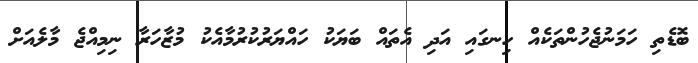
ބޮޑެތި ހަމަނުޖެހުންތަކެއް ހިނގައި އަދި އެތައް ބަޔަކު ހައްޔަރުކުރުމާއެކު މުޒާހަރާ ނިމިއްޖެ މާލެއަށް